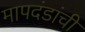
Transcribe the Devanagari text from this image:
मापदंडांची